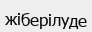
жіберілуде